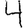
Digit: 4